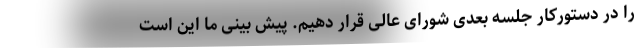
را در دستورکار جلسه بعدی شورای عالی قرار دهیم. پیش بینی ما این است